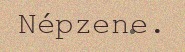
Népzene.